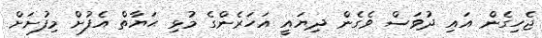
ޖެހިގެން އައި ދުވަސް ވެގެން ދިޔައީ އަހަރެންގެ މުޅި ޙަޔާތް އެފުށް މިފުށަށް